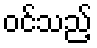
ဝင်သည့်